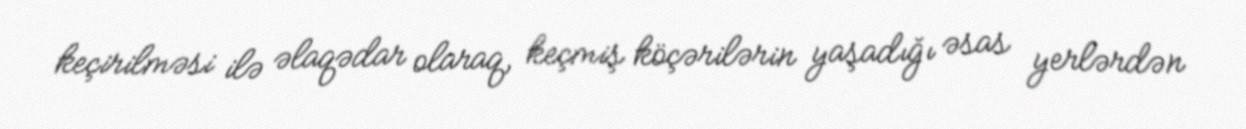
keçirilməsi ilə əlaqədar olaraq, keçmiş köçərilərin yaşadığı əsas yerlərdən